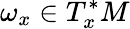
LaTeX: \omega_{x}\in T_{x}^{*}M